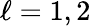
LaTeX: \ell=1,2